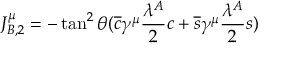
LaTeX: J _ { B , 2 } ^ { \mu } = - \tan ^ { 2 } { \theta } ( \overline { { { c } } } \gamma ^ { \mu } \frac { \lambda ^ { A } } { 2 } c + \overline { { { s } } } \gamma ^ { \mu } \frac { \lambda ^ { A } } { 2 } s )